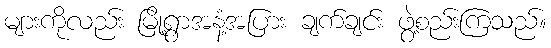
များကိုလည်း မြို့ရွာအနံ့အပြား ချက်ချင်း ဖွဲ့စည်းကြသည်။